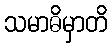
သမာဓိမှာတိ